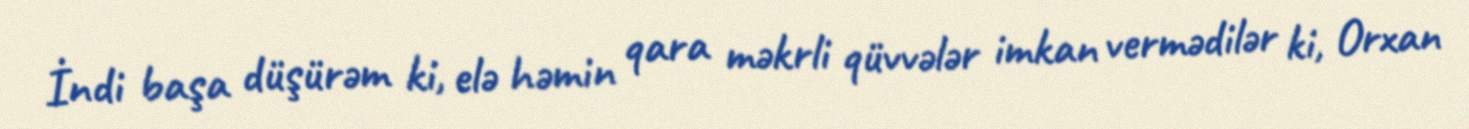
İndi başa düşürəm ki, elə həmin qara məkrli qüvvələr imkan vermədilər ki, Orxan